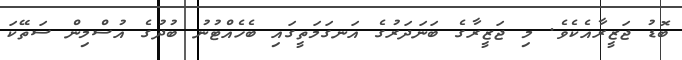
ބޮޑު ޖަޒީރާއެކެވެ. މި ޖަޒީރާގެ ބަނަދަރުގެ އަނގަމަތީގައި ބެހެއްޓުނު ބުދުގެ އުސްމިން ސަތޭކަ